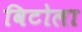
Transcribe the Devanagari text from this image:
विटोला